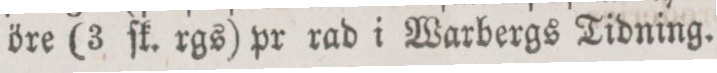
öre (3 ſk. rgs) pr rad i Warbergs Tidning.